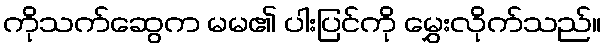
ကိုသက်ဆွေက မမ၏ ပါးပြင်ကို မွှေးလိုက်သည်။